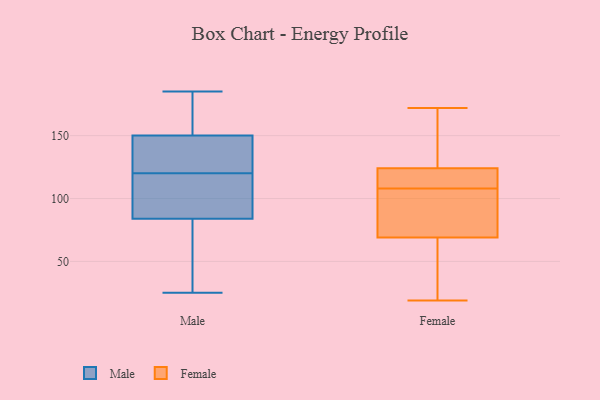
{"axis": {"x": "Gross Profit (USD K)", "y": "Value"}, "legend": ["Female", "Male"], "data": [{"x": "", "y": 130, "type": "Male"}, {"x": "", "y": 184, "type": "Male"}, {"x": "", "y": 97, "type": "Male"}, {"x": "", "y": 110, "type": "Male"}, {"x": "", "y": 157, "type": "Male"}, {"x": "", "y": 77, "type": "Male"}, {"x": "", "y": 81, "type": "Male"}, {"x": "", "y": 185, "type": "Male"}, {"x": "", "y": 108, "type": "Male"}, {"x": "", "y": 135, "type": "Male"}, {"x": "", "y": 146, "type": "Male"}, {"x": "", "y": 150, "type": "Male"}, {"x": "", "y": 84, "type": "Male"}, {"x": "", "y": 25, "type": "Male"}, {"x": "", "y": 153, "type": "Female"}, {"x": "", "y": 91, "type": "Female"}, {"x": "", "y": 165, "type": "Female"}, {"x": "", "y": 77, "type": "Female"}, {"x": "", "y": 25, "type": "Female"}, {"x": "", "y": 172, "type": "Female"}, {"x": "", "y": 110, "type": "Female"}, {"x": "", "y": 112, "type": "Female"}, {"x": "", "y": 124, "type": "Female"}, {"x": "", "y": 146, "type": "Female"}, {"x": "", "y": 108, "type": "Female"}, {"x": "", "y": 25, "type": "Female"}, {"x": "", "y": 108, "type": "Female"}, {"x": "", "y": 69, "type": "Female"}, {"x": "", "y": 107, "type": "Female"}, {"x": "", "y": 24, "type": "Female"}, {"x": "", "y": 19, "type": "Female"}, {"x": "", "y": 121, "type": "Female"}]}